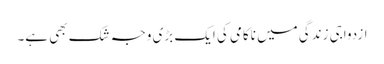
ازدواجی زندگی میں ناکامی کی ایک بڑی وجہ شک بھی ہے۔